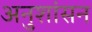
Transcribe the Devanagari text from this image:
अनुशांसन